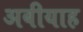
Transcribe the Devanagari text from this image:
अबीयाह